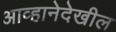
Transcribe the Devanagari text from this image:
आव्हानेदेखील